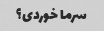
سرما خوردی؟